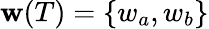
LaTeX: \mathbf{w}(T)=\{ w_{a},w_{b}\}